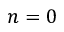
n = 0